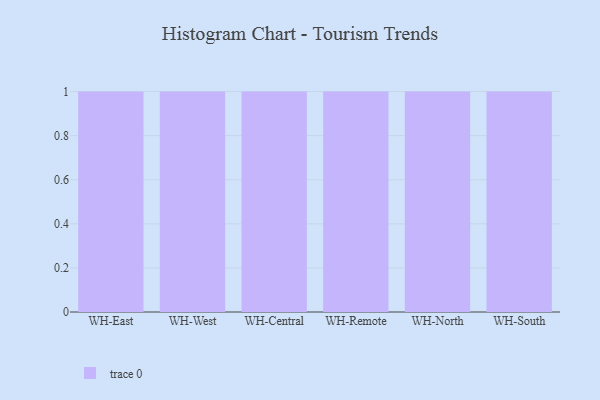
{"axis": {"x": "Warehouse", "y": "Gross Profit (USD K)"}, "legend": [""], "data": [{"x": "WH-East", "y": 36, "type": ""}, {"x": "WH-West", "y": 17, "type": ""}, {"x": "WH-Central", "y": 47, "type": ""}, {"x": "WH-Remote", "y": 46, "type": ""}, {"x": "WH-North", "y": 47, "type": ""}, {"x": "WH-South", "y": 94, "type": ""}]}